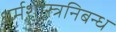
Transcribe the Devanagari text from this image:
धर्मशास्त्रनिबन्ध